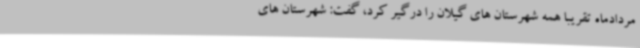
مردادماه تقریبا همه شهرستان های گیلان را درگیر کرد، گفت: شهرستان های